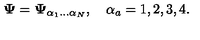
{ \bf \Psi } = { \bf \Psi } _ { \alpha _ { 1 } \ldots \alpha _ { N } } , \quad \alpha _ { a } = 1 , 2 , 3 , 4 .